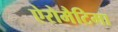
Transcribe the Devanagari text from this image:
ऐरोमैटिमा